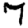
Digit: 7